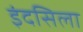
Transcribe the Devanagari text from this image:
इंदसिला